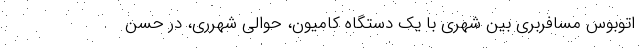
اتوبوس مسافربری بین شهری با یک دستگاه کامیون، حوالی شهرری، در حسن